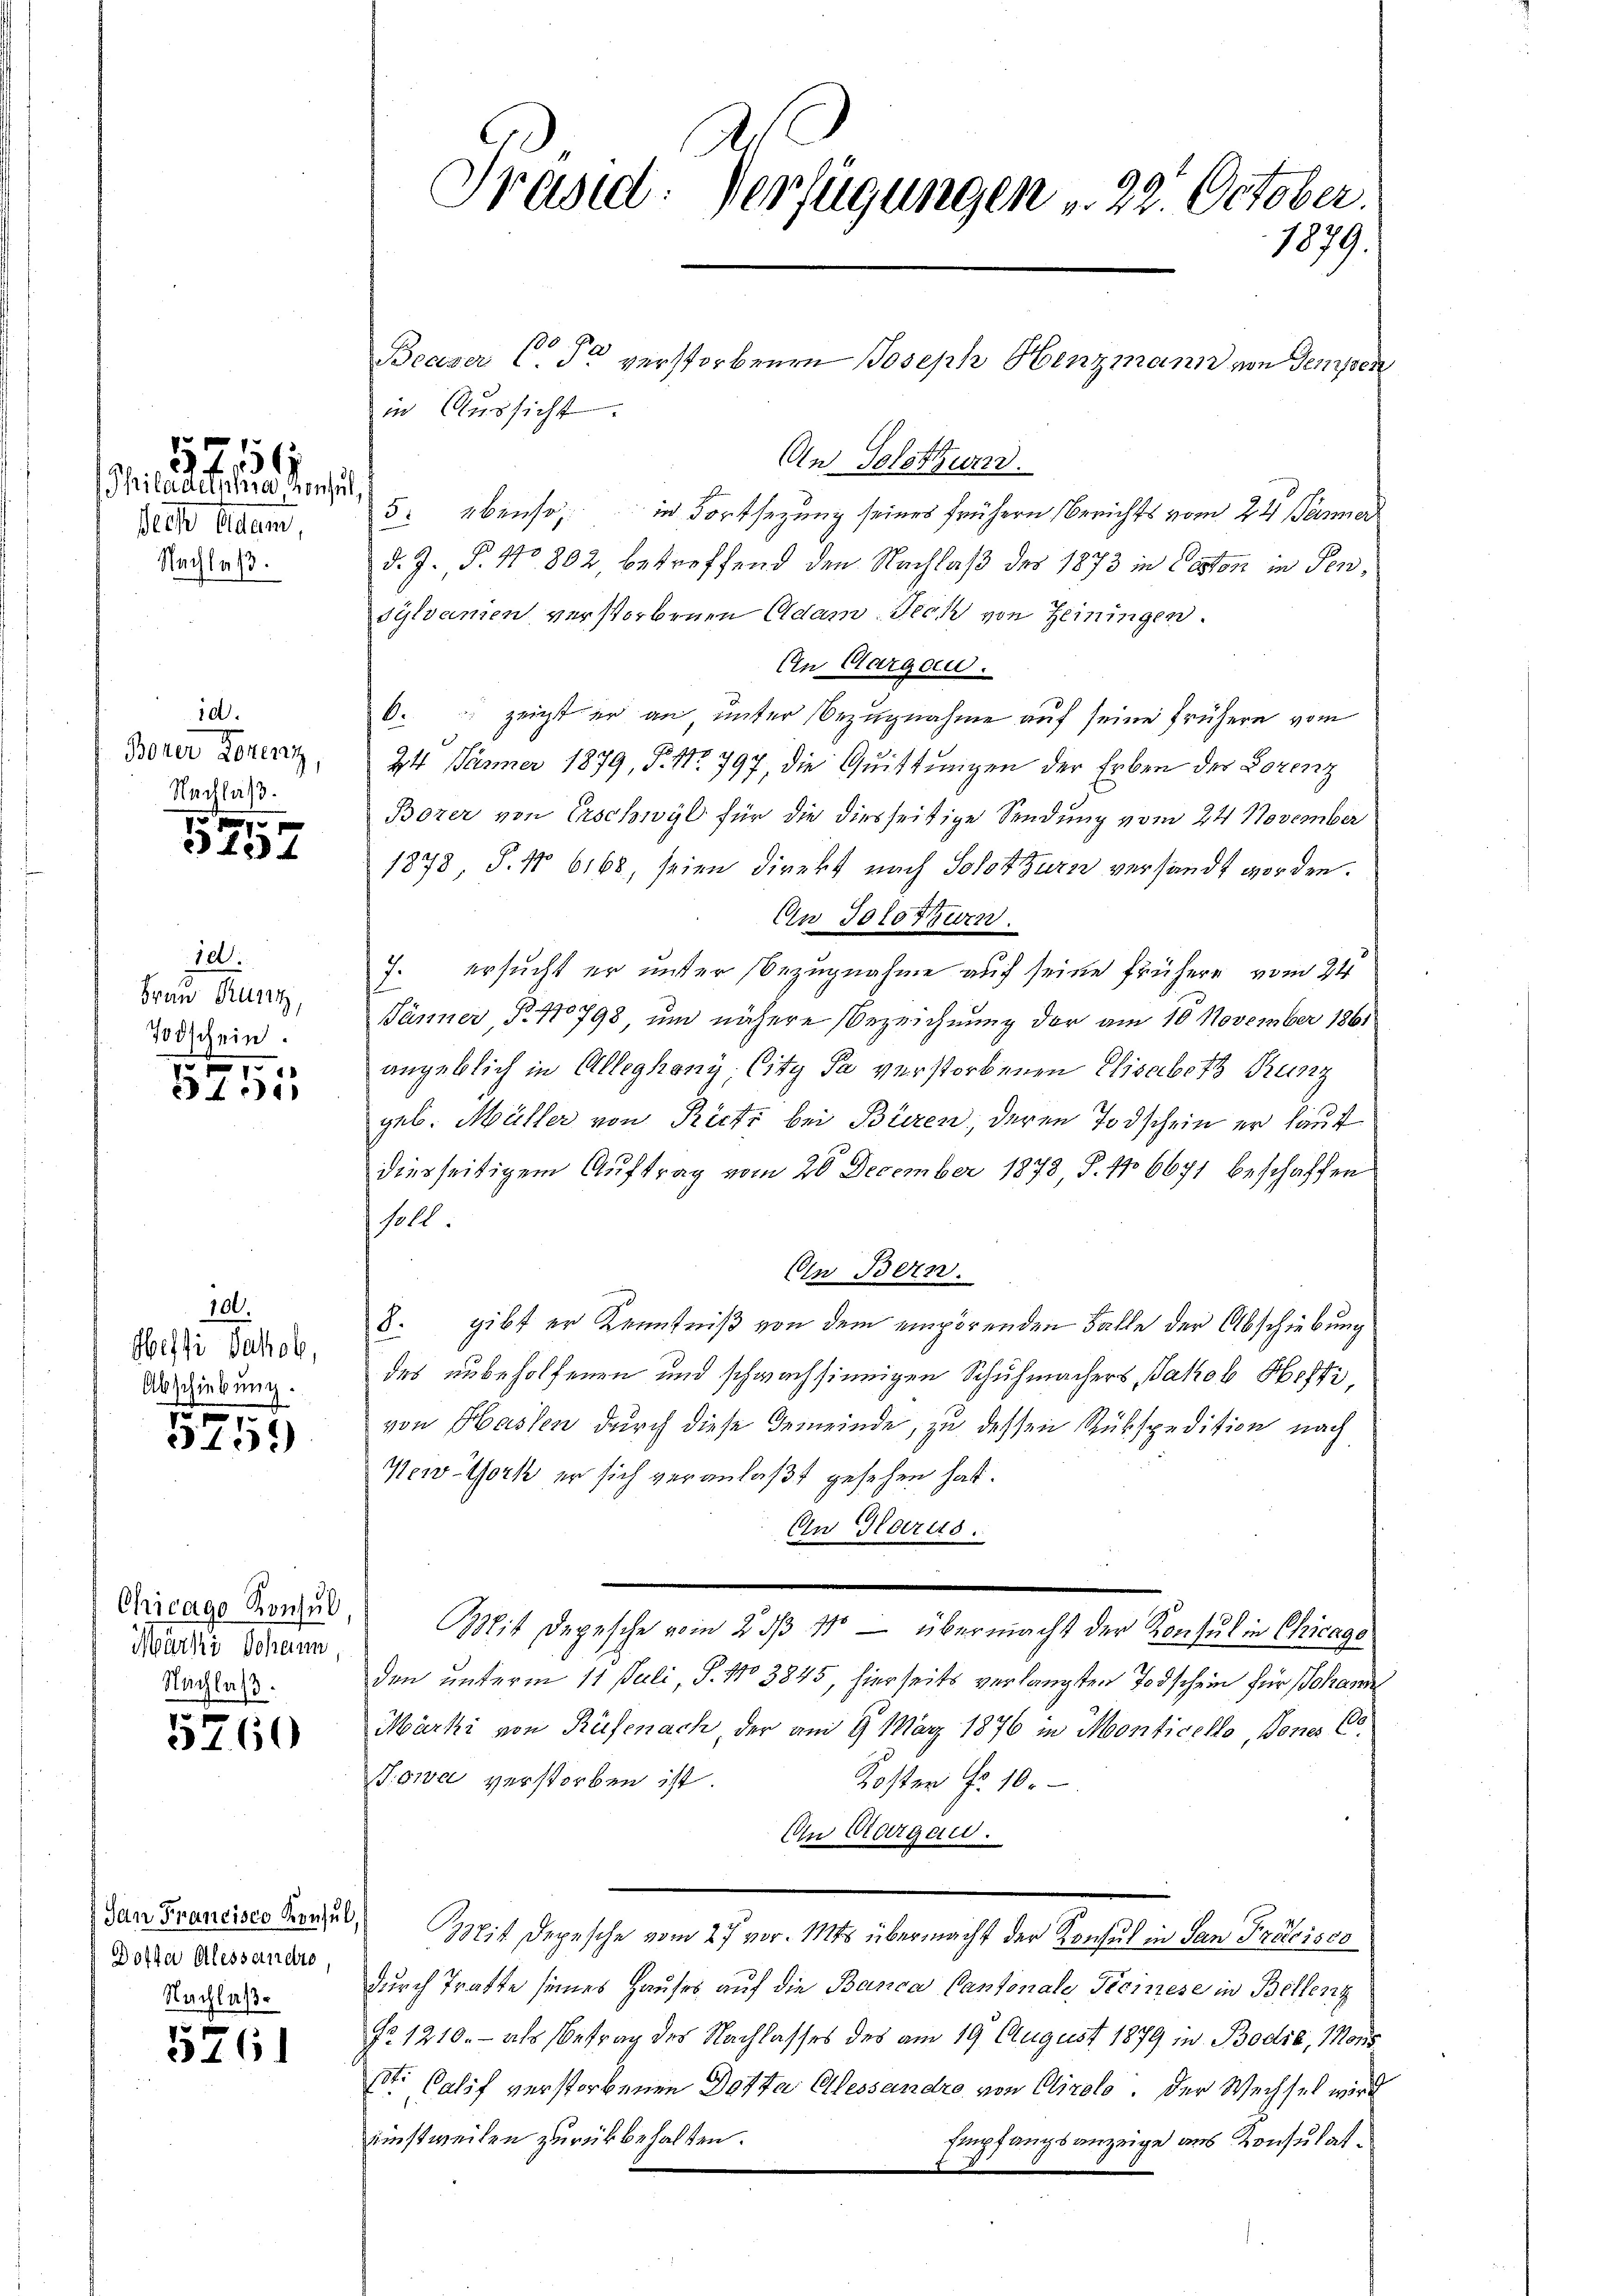
Philadensre Konsul,
dich bedun
Nachlaß.

12,156

id.
Boner Torenz,
Nachlaß.

73.
437

ia.
Frau Burg,
Todschein.

3101

100.
Heffi Jakob,
Abschiebung.

d
15.)

Chicago Konsul,
Märki, Johann
Nachlaß.

10
31.60

Jan Francisco Konsul,
Dotha Alessandte
Nachlaß¬

5761

Beaser C. So verstorbenen Joseph Henzmann von Tempen
in Aŭssicht.
An Solothun.
5: ebenso in Fortsetzung seines frühern Berichts vom 24 Jänner
d. J. P. Nr. 802 betreffend den Nachlaß des 1873 in Ceston in Sen¬
Sylvamen verstorbenen Adam Jech von Heiningen.
An Aargau.
k. zeigt er an unter Bezugnahme auf seine frühern vom
24 Jänner 1879, P. Nr. 797 die Quittungen der Erben der Lorenz
Borer von Erschwyl für die diesseitige Sendung vom 24. November
1878 P. Nr. 6168, seien Direkt nach Solothurn versandt worden.
An Solothurn.
7. ersucht er unter Bezugnahme auf seine frühere vom 24
Jänner P. 1798, um nähere Bezeichnung der am 10. November 1861
angeblich in Alleghany, City sa verstorbenen Elisabeth Runz
geb. Müller von Rüti bei Büren, deren Todschein er laut
diesseitigem Auftrag vom 20 December 1878 P. No 6671 beschaffen
soll.
Ein Bern.
8. gibt er Kenntniß von dem empörenden Falle der Abschiebung
des unbeholfenen und schwachsinnigen Schuhmachers Jakob Hefti,
von Hassen durch diese Gemeinde, zu dessen Rükspedition nach
New-York er sich veranlaßt gesehen hat.
An Glarus.
Mit Depesche vom 23/3 11 — übermacht der Konsul in Chicage
den unterm 11. Juli, P. No 3845, hierseits verlangten Todschein für Johande
Märki von Rüfenach der am 9. März 1876 in Monticello, Dones C.
Towa verstorben ist.
Koster Fr. 10.
An Aargau.
Mit Depesche vom 27 vor. Mts übermacht der Konsul in San Protois80
durch Tratte seines Hauses auf die Banca Cantonale Ticinese in Bellenz
No 1210. - als Betrag des Nachlasses des am 19. August 1879 in Bodić, Mons
st. Calif verstorbenen Datta Alessandre von Airolo. Der Wechsel wird
einstweilen zurückbehalten.
Empfangsanzeige aus Konsulat¬

.
Trasad: Verfügungen u. 22 October.
1879.